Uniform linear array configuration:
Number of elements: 4
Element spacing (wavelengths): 0.75
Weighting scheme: binomial
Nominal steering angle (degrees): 30
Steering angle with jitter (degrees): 30.125
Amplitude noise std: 0.05
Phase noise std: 0.05

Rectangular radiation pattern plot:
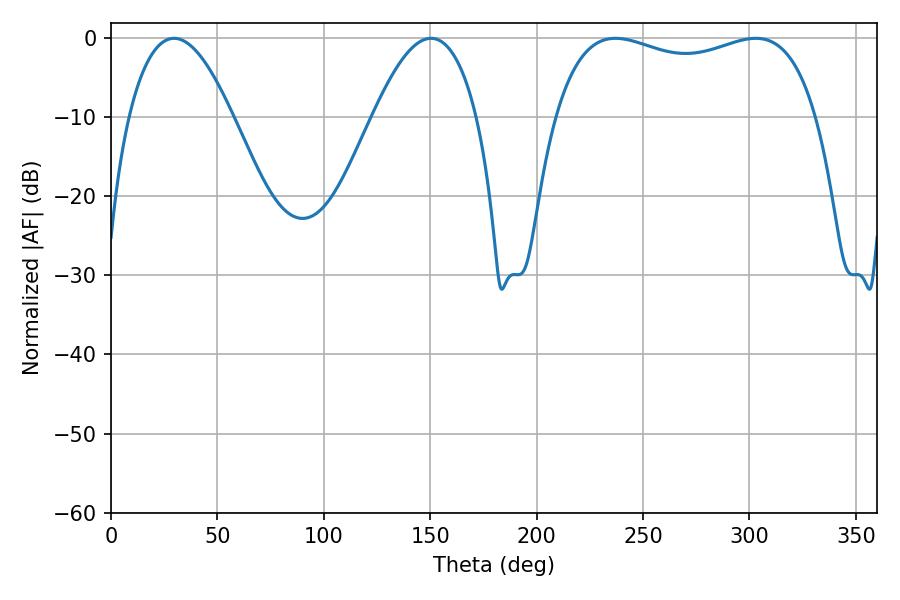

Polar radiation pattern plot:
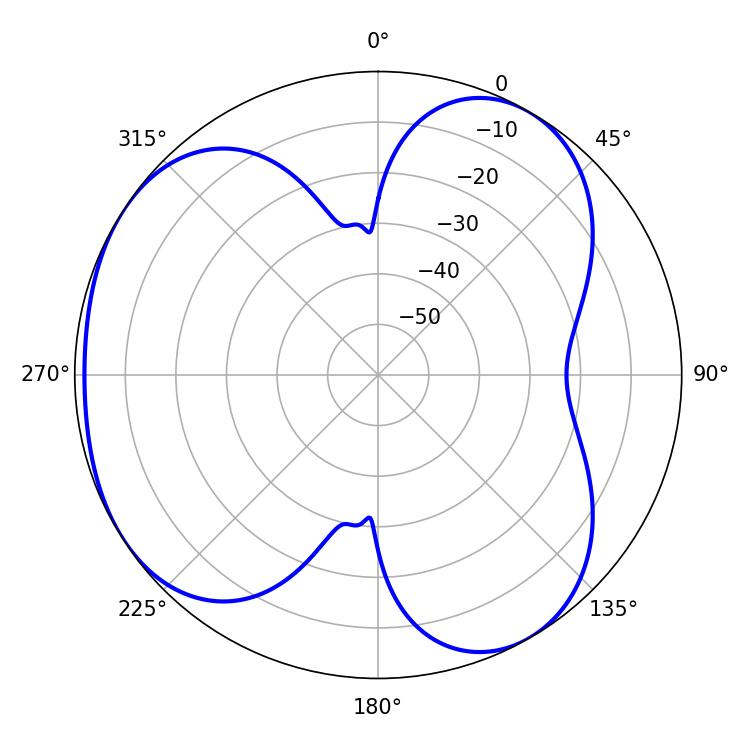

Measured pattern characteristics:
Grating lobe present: TRUE
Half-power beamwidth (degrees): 100.44
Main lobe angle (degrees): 237.06